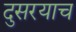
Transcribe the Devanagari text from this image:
दुसरयाच